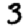
Digit: 3